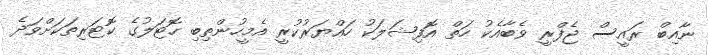
ނާއިބް ރައީސް ޖެފްރީ ވެބާއެކު ހަތް އޮފިޝަލަކު ހައްޔަރުކުރީ އެމީހުންތިބި ހޮޓަލުގެ ކޮޓަރިތަކަށްވަދެ